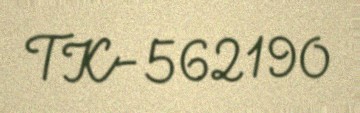
TK-562190